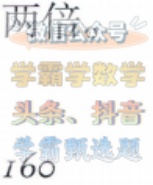
两位
公众号
学霸学数学
头条、抖音
学霸频选题
160